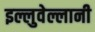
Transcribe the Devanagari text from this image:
इल्लुवेल्लानी